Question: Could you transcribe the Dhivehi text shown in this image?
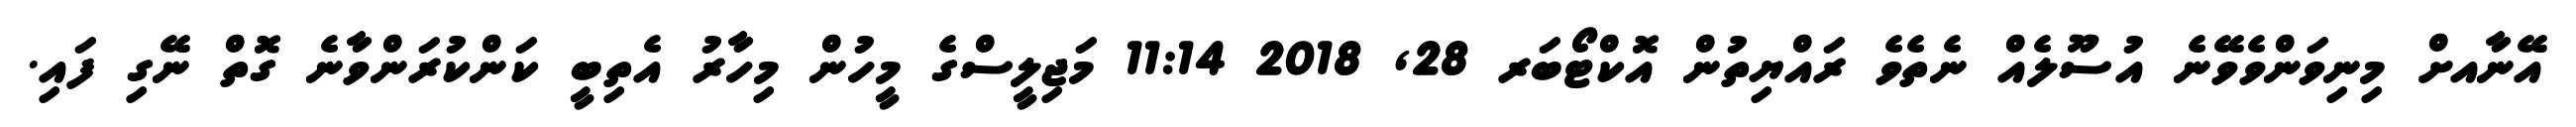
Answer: އޭނާއށް މިނިވަންވެވޭނެ އުސޫލެއް ނެތެވެ ރައްޔިތުން އޮކްޓޯބަރ 28, 2018 11:14 މަޖިލީސްގެ މީހުން މިހާރު އެތިބީ ކަންކުރަންވާނެ ގޮތް ނޭގި ފައި.